Indian journal of veterinary science and animal husbandry - Volumes 22-23, 1952-1953
Year: 1952
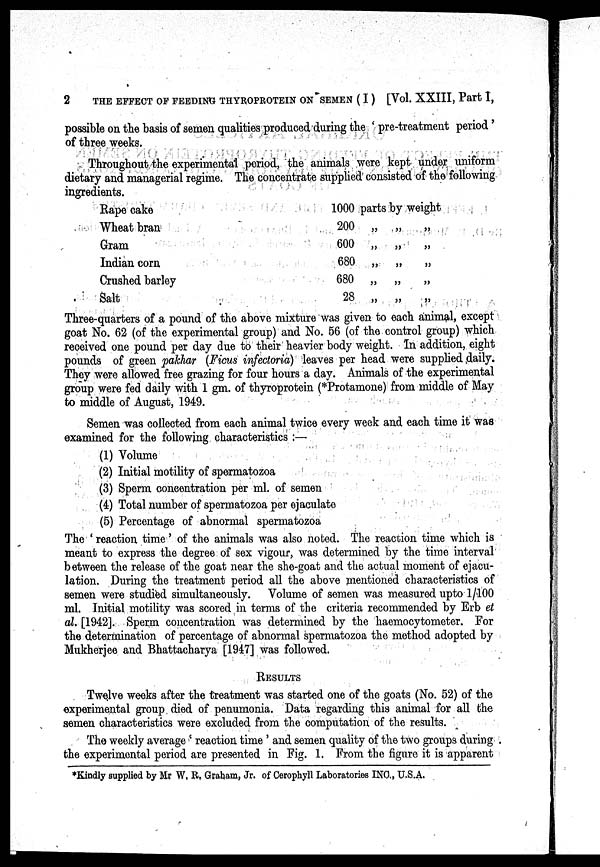
2
THE EFFECT OF FEEDING THYROPROTEIN ON SEMEN (I) [Vol. XXIII, Part I,
possible on the basis of semen qualities produced during the ' pre-treatment period '
of three weeks.
Throughout the experimental period, the animals were kept under uniform
dietary and managerial regime. The concentrate supplied consisted of the following
ingredients.
Rape cake
Wheat bran
Gram
Indian corn
Crushed barley
Salt
1000 parts by weight
200 „
„
„
600
„
„
„
680 „ „
„
680 „ „
„
28 „ „ „
Three-quarters of a pound of the above mixture was given to each animal, except
goat No. 62 (of the experimental group) and No. 56 (of the control group) which
received one pound per day due to their heavier body weight. In addition, eight
pounds of green pakhar (Ficus infectoria) leaves per head were supplied daily.
They were allowed free grazing for four hours a day. Animals of the experimental
group were fed daily with 1 gm. of thyroprotein (*Protamone) from middle of May
to middle of August, 1949.
Semen was collected from each animal twice every week and each time it was
examined for the following characteristics :—
(1) Volume
(2) Initial motility of spermatozoa
(3) Sperm concentration per ml. of semen
(4) Total number of spermatozoa per ejaculate
(5) Percentage of abnormal spermatozoa
The ' reaction time ' of the animals was also noted. The reaction time which is
meant to express the degree of sex vigour, was determined by the time interval
between the release of the goat near the she-goat and the actual moment of ejacu-
lation. During the treatment period all the above mentioned characteristics of
semen were studied simultaneously. Volume of semen was measured upto 1/100
ml. Initial motility was scored in terms of the criteria recommended by Erb et
al. [1942]. Sperm concentration was determined by the haemocytometer. For
the determination of percentage of abnormal spermatozoa the method adopted by
Mukherjee and Bhattacharya [1947] was followed.
RESULTS
Twelve weeks after the treatment was started one of the goats (No. 52) of the
experimental group died of penumonia. Data regarding this animal for all the
semen characteristics were excluded from the computation of the results.
The weekly average ' reaction time ' and semen quality of the two groups during
the experimental period are presented in Fig. 1. From the figure it is apparent
*Kindly supplied by Mr W. R. Graham, Jr. of Cerophyll Laboratories INC., U.S.A.